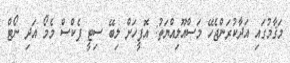
މަޤާމުގައި އަދާކުރަންޖެހޭ މަސްއޫލިއްޔަތު: އޮފީހަށް ލިބޭ ސިޓީ ފެކްސް މެމޯ އަދި ނޯޓް